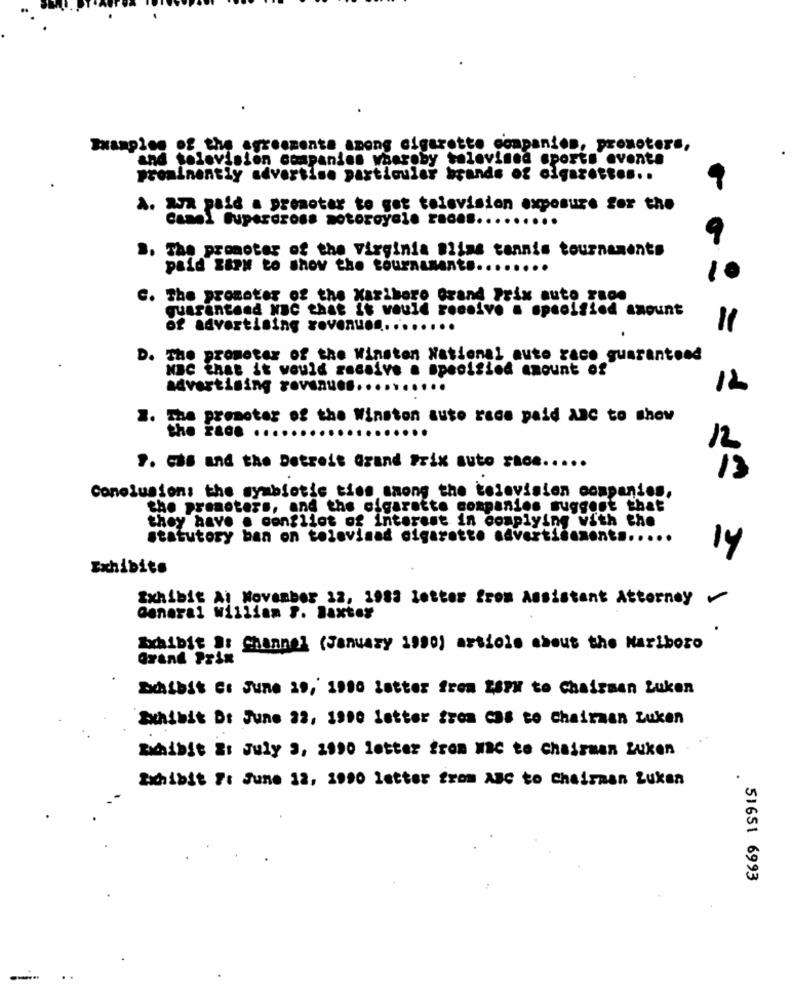
Examples of the agreementa among cigarette companies, promoters,
and solovision companion waaroby televised sports events
prominently advertise particular brands of olgazott ....
A. aux paid a promotar to got television exposure for the
Canel Supercross notoroyale races .........
.. The promoter of the Virginia Bliss tennis tournaments
paid zapy to show the tournament .........
C. The promoter of the Xaribero Grand Prix auto raos
quarantend NBC that it would receive a specified amount
of advertising revenu .........
"1
D. The prometer of the Winston National aute race guaranteed
NBC that it would gessive a specified amount of
advertising revenues ....
..
12
2. The promoter of the Winston auto race paid Anc to show
the ra .. ....
12
9. cas and the Detroit Grand Prix suto race .....
13
Conclusions the symbiotic ties among the television companies,
the promoters, and the cigarette companies suggest that
they have . conflict of interest in complying with the
statutory ban on tolovinad cigarette advertisement .....
14
Exhibits
Exhibit Al November 22, 1983 letter From Assistant Attorney
General william ?. Baxter
Exhibit a: Channel (January 1990) article about the Marlboro
Grand Prix
Exhibit Et June 29, 1990 Letter from ESPM to Chairman Luken
Exhibit Dt June 22, 1990 letter from cas to Chairman Luken
Exhibit Es July 3, 2990 letter from wac to Chairman Luken
Exhibit 7: June 32, 3990 letter from ABC to Chairman Zukan
. 51651 6993